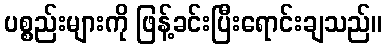
ပစ္စည်းများကို ဖြန့်ခင်းပြီးရောင်းချသည်။